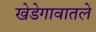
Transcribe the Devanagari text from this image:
खेडेगावातले